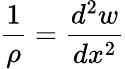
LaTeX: {\frac{1}{\rho}}={\frac{d^{2}w}{dx^{2}}}